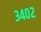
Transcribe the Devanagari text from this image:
३४०२